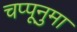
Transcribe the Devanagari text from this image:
चप्पूनुमा